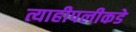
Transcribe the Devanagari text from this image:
त्याहीपलीकडे